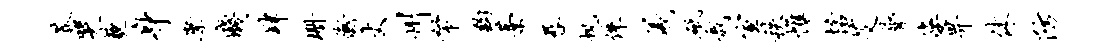
莽哭藐身縻贱肄珊衡丈州帑钩藁晷帆侏羲砥哉宣秩帷恬艾膂婆畀休防